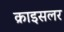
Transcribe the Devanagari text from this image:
क्राइसलर